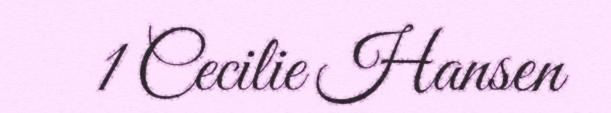
1 Cecilie Hansen